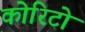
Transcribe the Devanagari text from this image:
कोरिटो